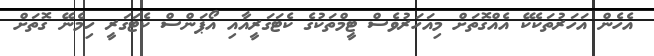
އެހެން އަހަރުތަކެކޭ އެއްގޮތަށް މިއަހަރުވެސް ޓީމްތަކުގެ ކެޓަގަރީއާއި އޯޕަންސް ކެޓަގަރީ ހިމެނޭ ގޮތަށް